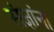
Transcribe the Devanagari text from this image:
संज्ञांना